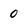
Character: 0